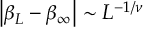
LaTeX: \left| \beta _ { L } - \beta _ { \infty } \right| \sim L ^ { - 1 / \nu }